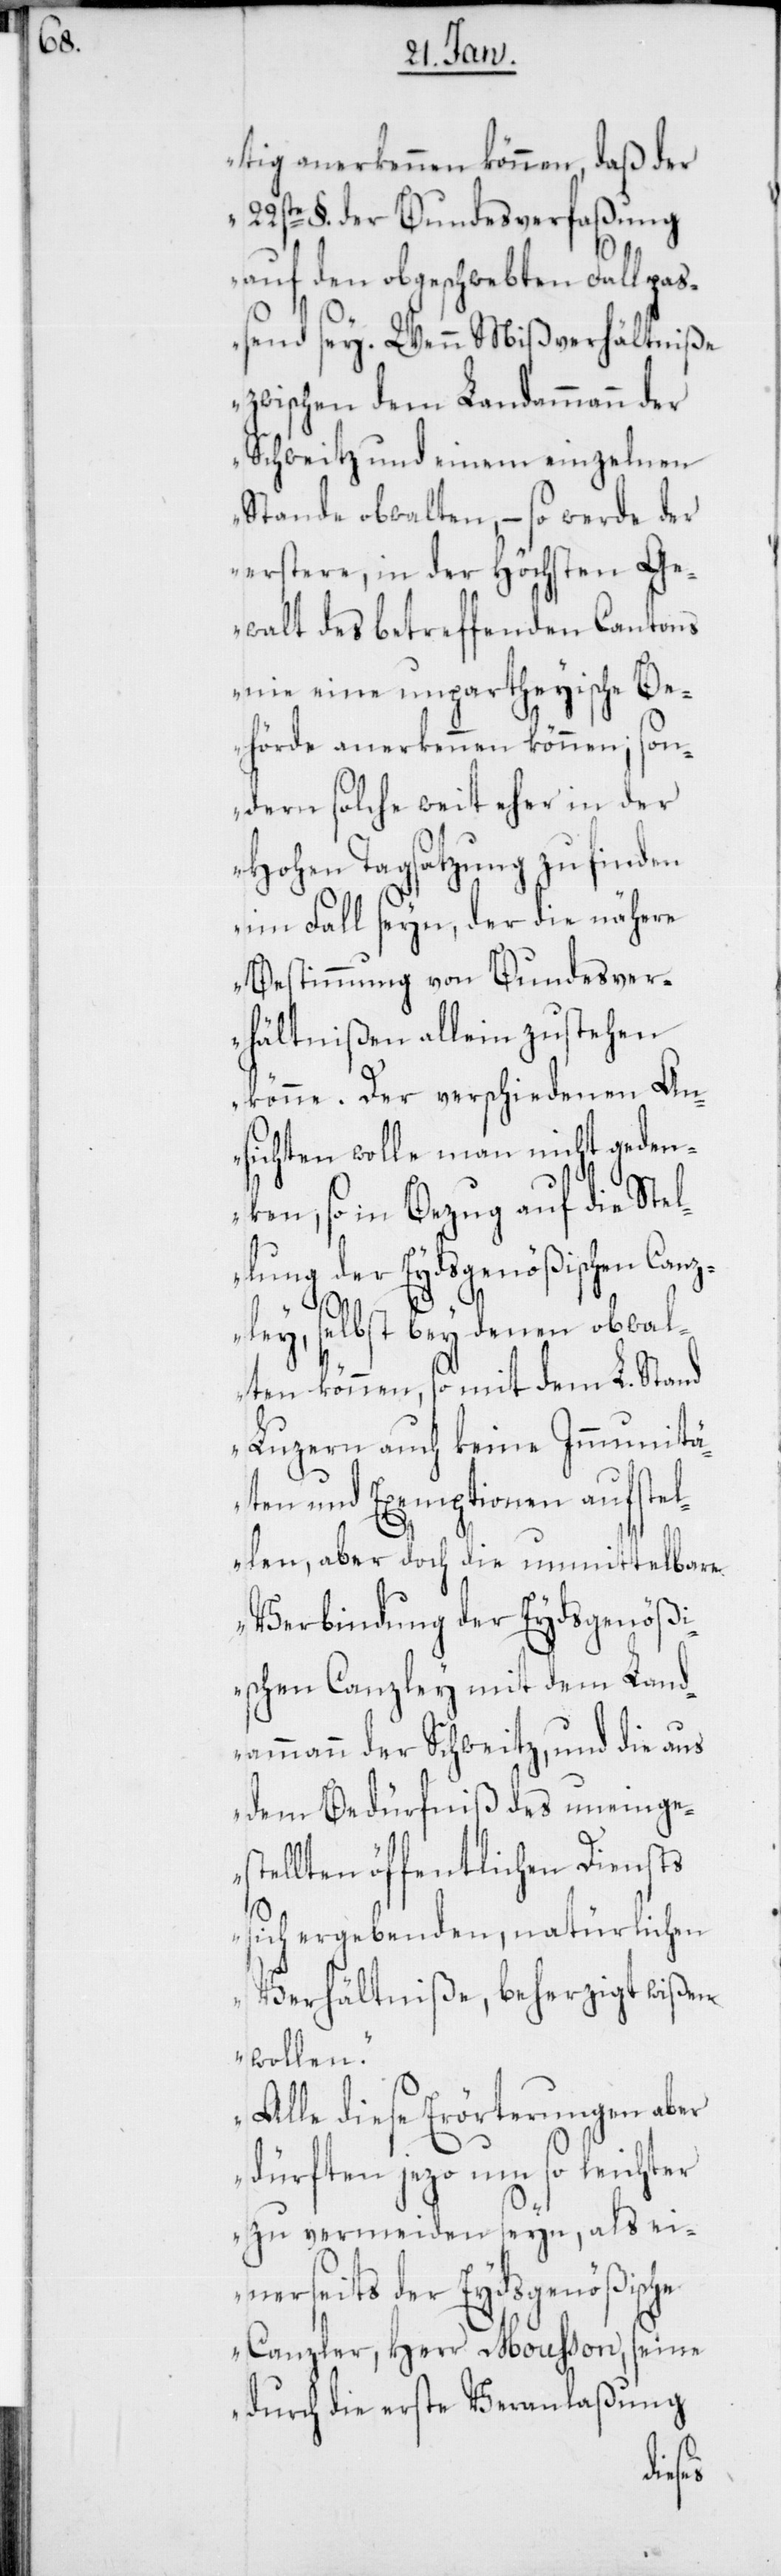
tig anerkennen können, daß der
22ste §. der Bundesverfaßung
auf den obgeschwebten Fall pas¬
send sey. Wenn Mißverhältniße
zwischen dem Landammann der
Schweitz und einem einzelnen
Stande obwalten, – so werde der
erstere, in der höchsten Ge¬
walt des betreffenden Cantons
nie eine unparteyische Be¬
hörde anerkennen können; son¬
dern solche weit eher in der
hohen Tagsatzung zu finden
im Fall seyn, der die nähere
Bestimmung von Bundesver¬
hältnißen allein zustehen
könne. Der verschiedenen An¬
sichten wolle man nicht geden¬
ke, so in Bezug auf die Stel¬
lung der Eydsgenößischen Canz¬
ley, selbst bey denen obwal¬
ten können, so mit dem L. Stand
Luzern auch keine Immunitä¬
ten und Exemptionen aufstel¬
len, aber doch die unmittelbare
Verbindung der Eydsgenöß¬
ischen Canzley mit dem Land¬
ammann der Schweitz, und die aus
dem Bedürfniß des uneinges¬
tellten öffentlichen Diensts
sich ergebenden, natürlichen
Verhältniße, beherzigt wißen
wollen.
Alle diese Erörterungen aber
dürften jezo um so leichter
zu vermeiden seyn, als ei¬
nerseits der Eydsgenößische
Canzler, Herr Moußon, seine
durch die erste Veranlaßung